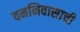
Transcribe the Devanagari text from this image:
वननिवासाची